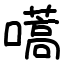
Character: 嚆